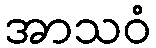
အာသဝံ